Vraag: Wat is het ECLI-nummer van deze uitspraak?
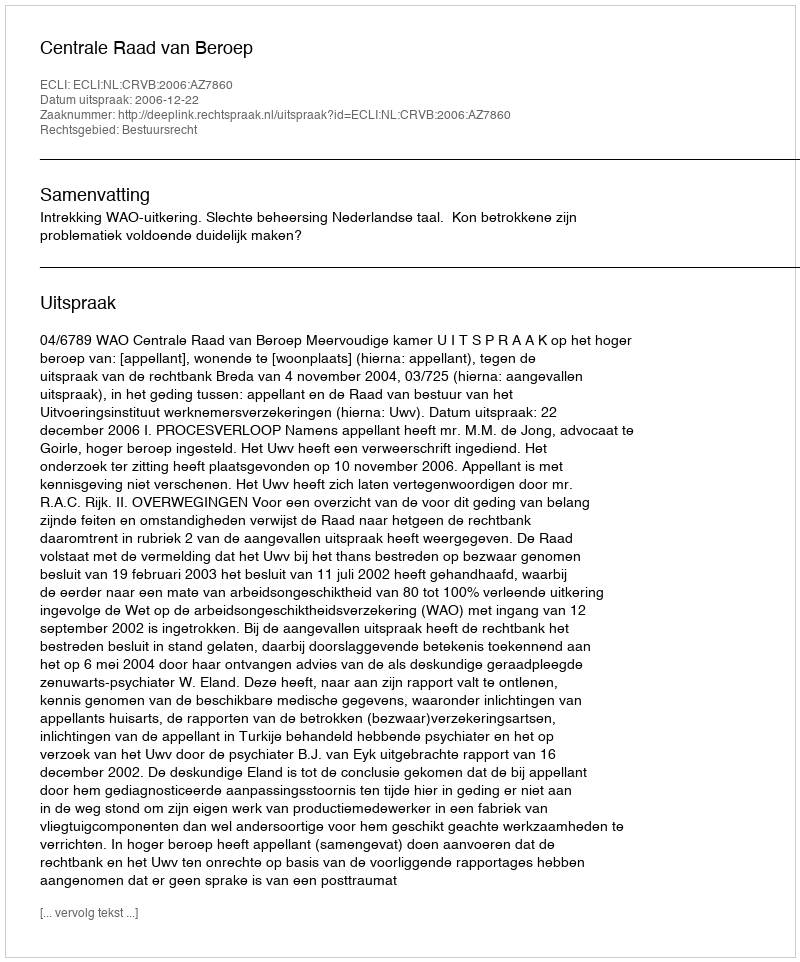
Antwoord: ECLI:NL:CRVB:2006:AZ7860